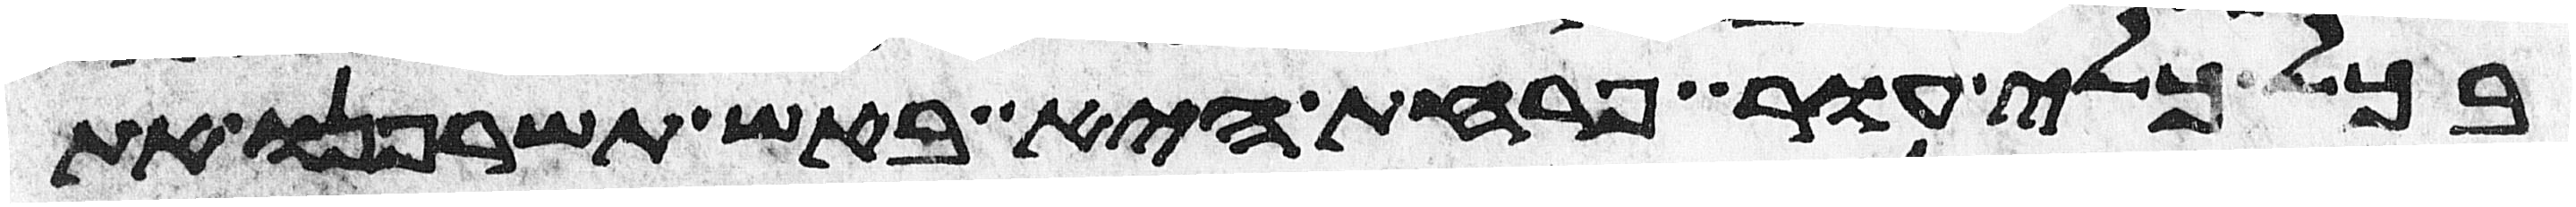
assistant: בכל כלי עור פרחת היא באש תשרפנו את